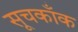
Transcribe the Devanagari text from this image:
सूचकाँक